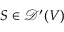
S \in { \mathcal { D } } ^ { \prime } ( V )